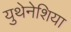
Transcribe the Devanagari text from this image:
युथेनेशिया